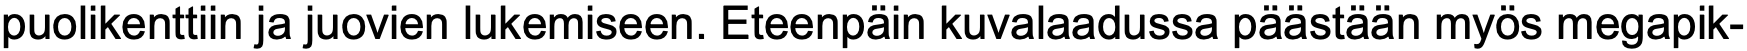
puolikenttiin ja juovien lukemiseen. Eteenpäin kuvalaadussa päästään myös megapik-